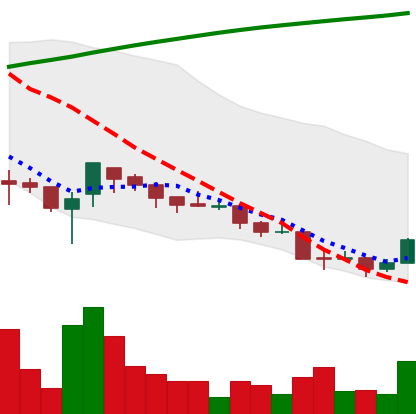
Ticker: XRP-USD
Chart end date: 2018-04-03
Forward return: -10.33%
Label: down_7plus